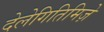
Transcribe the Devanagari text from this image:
देलेगितिमिज़े